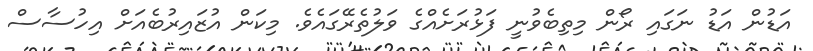
އަޑުން އަޑު ނަގައި ރޯން މިތިބެވުނީ ފަޅުރަށެއްގެ ވަލުތެރޭގައެވެ. މިކަން އުޒައިރުބެއަށް އިހުސާސް